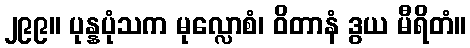
၂၉၉။ ပုန္နပုံသက မုလ္လောစံ၊ ဝိတာနံ ဒွယ မီရိတံ။